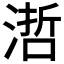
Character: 𣻂